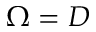
\Omega = D